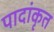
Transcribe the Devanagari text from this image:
पादांकृत